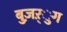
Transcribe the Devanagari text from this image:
बुज़ऱ्ुग